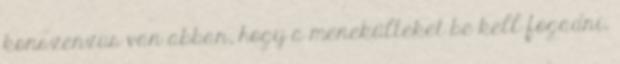
konszenzus van abban, hogy a menekülteket be kell fogadni,